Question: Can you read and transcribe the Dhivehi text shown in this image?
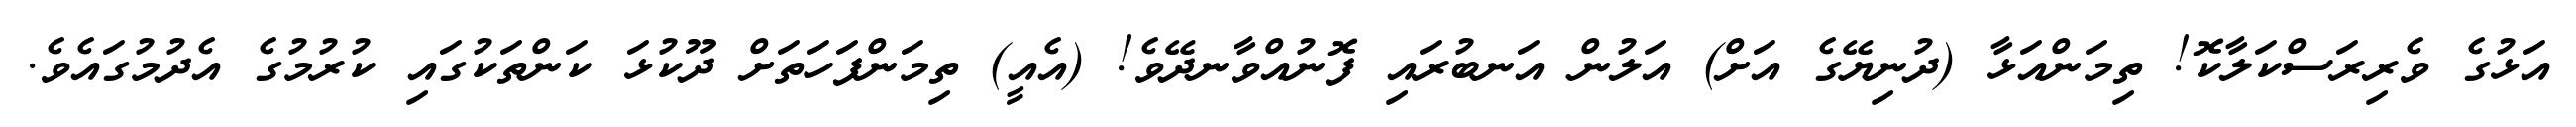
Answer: އަޅުގެ ވެރިރަސްކަލާކޮ! ތިމަންއަޅާ (ދުނިޔޭގެ އަށް) އަލުން އަނބުރައި ފޮނުއްވާނދޭވެ! (އެއީ) ތިމަންފަހަތަށް ދޫކުޅަ ކަންތަކުގައި ކުރުމުގެ އެދުމުގައެވެ.